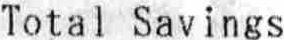
TOTAL SAVINGS